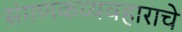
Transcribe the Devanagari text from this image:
संगणकव्यवहाराचे